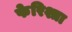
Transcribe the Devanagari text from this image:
फेरिश्ता